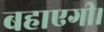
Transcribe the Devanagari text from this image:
बहाएगी।